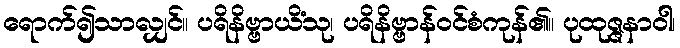
ရောက်၍သာလျှင်။ ပရိနိဗ္ဗာယိံသု၊ ပရိနိဗ္ဗာန်ဝင်စံကုန်၏။ ပုထုဇ္ဇနာဝါ၊